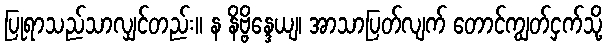
ပြုရာသည်သာလျှင်တည်း။ န နိဗ္ဗိန္ဒေယျ၊ အာသာပြတ်လျက် တောင်ကျွတ်ငှက်သို့